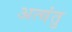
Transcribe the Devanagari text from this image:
अत्यंतु